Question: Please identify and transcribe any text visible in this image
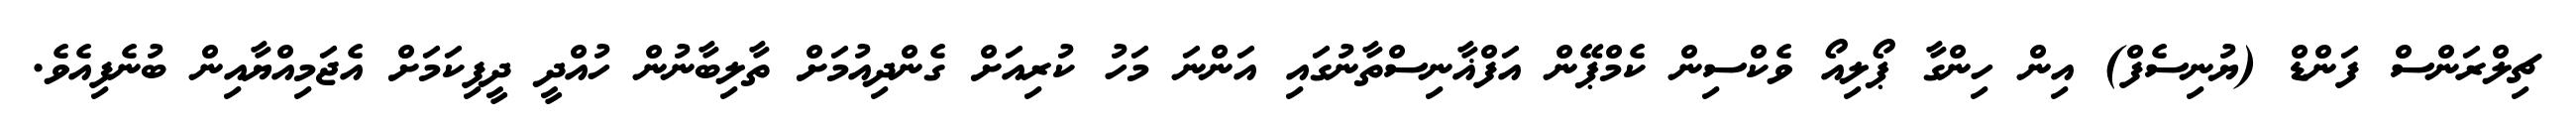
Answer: ޗިލްރަންސް ފަންޑް (ޔުނިސެފް) އިން ހިންގާ ޕޯލިއޯ ވެކްސިން ކެމްޕޭން އަފްޣާނިސްތާނުގައި އަންނަ މަހު ކުރިއަށް ގެންދިއުމަށް ތާލިބާނުން ހުއްދީ ދީފިކަމަށް އެޖަމިއްޔާއިން ބުނެފިއެވެ.